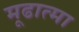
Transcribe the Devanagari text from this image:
मूढात्मा